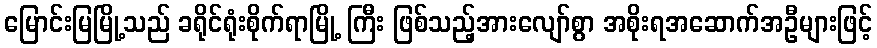
မြောင်းမြမြို့သည် ခရိုင်ရုံးစိုက်ရာမြို့ ကြီး ဖြစ်သည့်အားလျော်စွာ အစိုးရအဆောက်အဦများဖြင့်